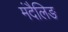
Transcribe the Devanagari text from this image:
मंदैलिङ